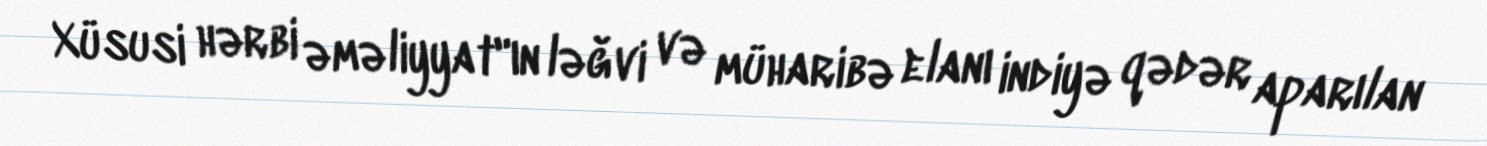
Xüsusi hərbi əməliyyat"ın ləğvi və müharibə elanı indiyə qədər aparılan